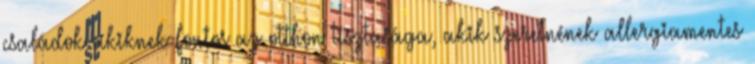
családok akiknek fontos az otthon tisztasága, akik szeretnének allergiamentes